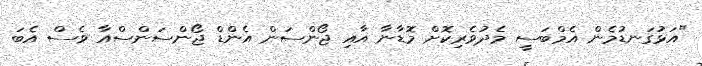
"އަޅުގަނޑުމެން އެމްބަސީ މެދުވެރިކޮށް މޮޑާނާ އާއި ޖޯންސަން އެންޑް ޖޯންސަންސްއާ ވެސް އެބަ